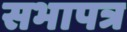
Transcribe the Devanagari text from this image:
सभापत्र